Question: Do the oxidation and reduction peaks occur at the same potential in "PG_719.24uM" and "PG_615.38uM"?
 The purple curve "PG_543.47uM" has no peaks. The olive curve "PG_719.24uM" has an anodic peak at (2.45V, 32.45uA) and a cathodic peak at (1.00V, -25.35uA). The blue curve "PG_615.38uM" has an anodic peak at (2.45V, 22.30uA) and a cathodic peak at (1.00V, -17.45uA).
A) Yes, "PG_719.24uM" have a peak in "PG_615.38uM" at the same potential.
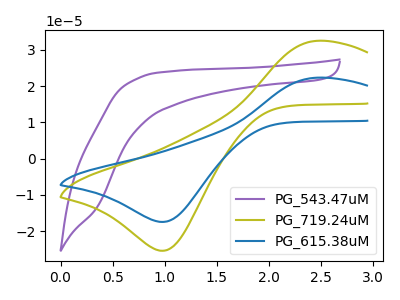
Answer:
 <answer>A) Yes, "PG_719.24uM" have a peak in "PG_615.38uM" at the same potential.</answer>
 <eval>A</eval>